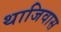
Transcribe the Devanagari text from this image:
थाजिवास